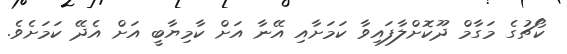
ކޯޗުގެ މަގާމް ދޫކޮށްލާފައިވާ ކަމަށާއި އޭނާ އަށް ކާމިޔާބީ އަށް އެދޭ ކަމަށެވެ.